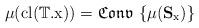
LaTeX: \begin{align*}\mathrm{\mu(cl(\mathbb{T}.x))=\mathfrak{Conv}\,\left\{\mu({\bf{S}}_{x})\right\}}\end{align*}